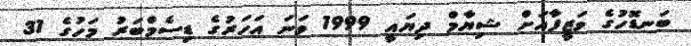
ބަނޑޮހުގެ ވަޒީފާއަށް ޝިޔާމް ދިޔައީ 1999 ވަަނަ އަހަރުގެ ޑިސެމްބަރު މަހުގެ 31